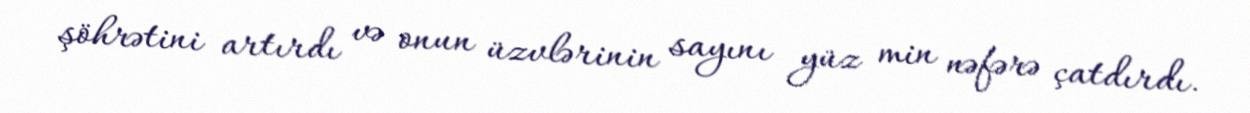
şöhrətini artırdı və onun üzvlərinin sayını yüz min nəfərə çatdırdı.